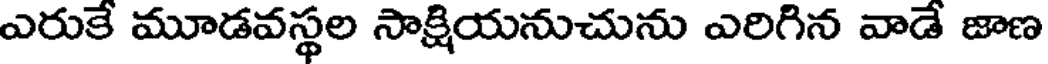
ఎరుకే మూడవస్థల సాక్షియనుచును ఎరిగిన వాడే జాణ